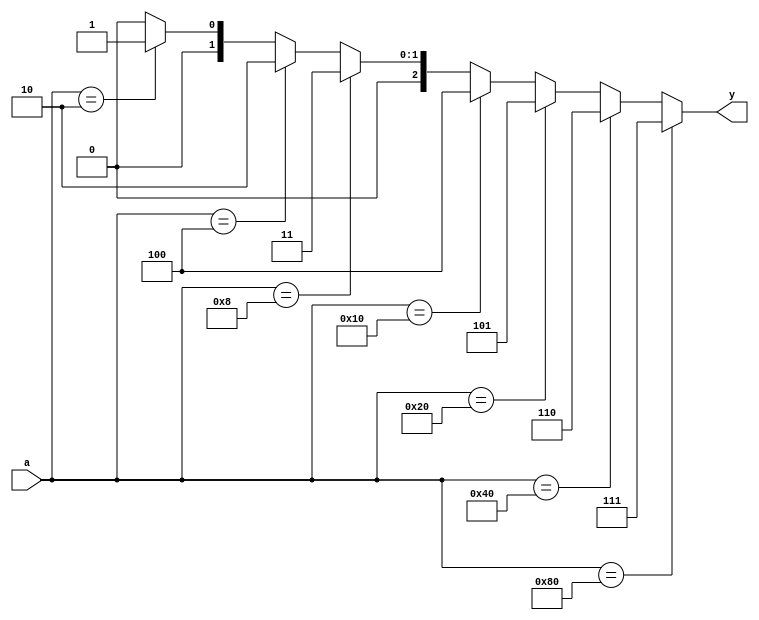
`timescale 1ns / 1ps
module encoder(
    input [7:0] a,output  reg [2:0] y);
    always@(a)
    begin
    if(a==8'b10000000)y=3'b111;
    else if(a==8'b01000000)y=3'b110;
    else if(a==8'b00100000)y=3'b101;
    else if(a==8'b00010000)y=3'b100;
    else if(a==8'b00001000)y=3'b011;
    else if(a==8'b00000100)y=3'b010;
    else if(a==8'b00000010)y=3'b001;
    else y=3'b000;
    end
endmodule